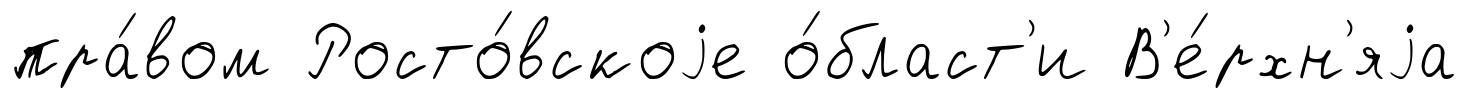
пра́вом Росто́вскоjе о́бласт'и В'е́рхн'яjа